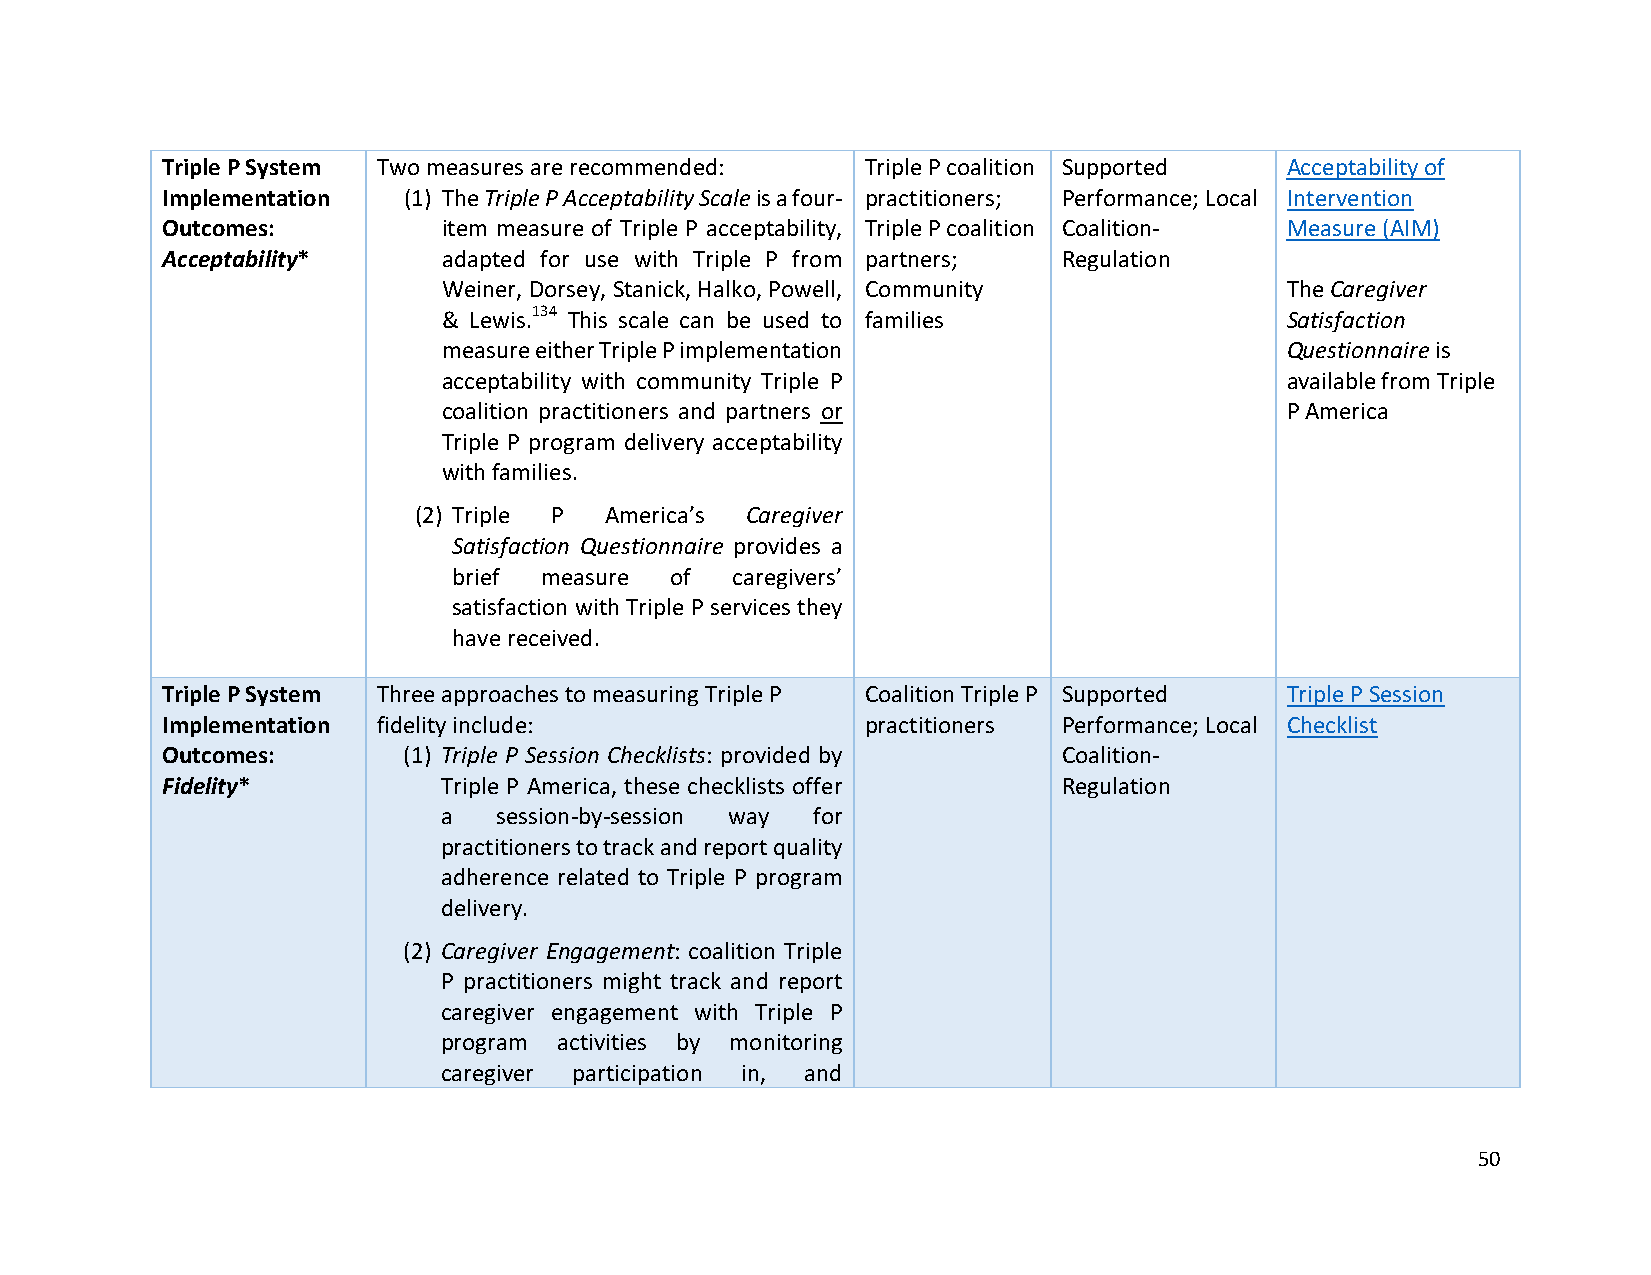
Triple P System Two measures are recommended: Triple P coalition Supported Acceptability of
 Implementation  (1) The Triple P Acceptability Scale is a four- practitioners; Performance; Local Intervention
 Outcomes:         item measure of Triple P acceptability, Triple P coalition Coalition- Measure (AIM)
 Acceptability*    adapted for use with Triple P from partners; Regulation
 Weiner, Dorsey, Stanick, Halko, Powell, Community       The Caregiver
 & Lewis.134 This scale can be used to families          Satisfaction
 measure either Triple P implementation                  Questionnaire is
 acceptability with community Triple P                   available from Triple
 coalition practitioners and partners or                 P America
 Triple P program delivery acceptability
 with families.
 (2) Triple P America’s Caregiver
 Satisfaction Questionnaire provides a
 brief measure of  caregivers’
 satisfaction with Triple P services they
 have received.
 Triple P System Three approaches to measuring Triple P Coalition Triple P Supported Triple P Session
 Implementation fidelity include:              practitioners Performance; Local Checklist
 Outcomes:       (1) Triple P Session Checklists: provided by Coalition-
 Fidelity*         Triple P America, these checklists offer Regulation
 a   session-by-session way for
 practitioners to track and report quality
 adherence related to Triple P program
 delivery.
 (2) Caregiver Engagement: coalition Triple
 P practitioners might track and report
 caregiver engagement with Triple P
 program activities by monitoring
 caregiver participation in, and
 50